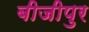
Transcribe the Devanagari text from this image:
बीजीपुर